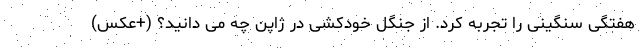
هفتگی سنگینی را تجربه کرد. از جنگل خودکشی در ژاپن چه می دانید؟ (+عکس)